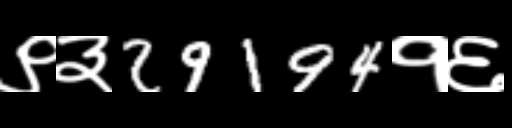
Text: ९३29194१६